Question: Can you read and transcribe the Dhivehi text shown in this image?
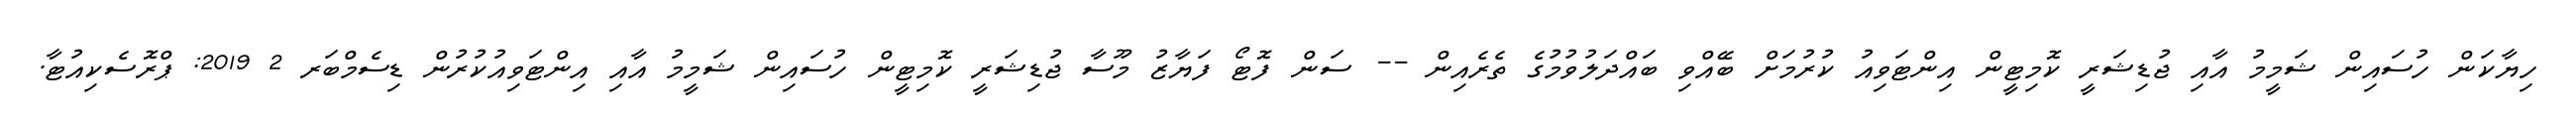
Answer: ހިޔާކަން ހުސައިން ޝަމީމު އާއި ޖުޑިޝަރީ ކޮމިޓީން އިންޓަވިއު ކުރުމަށް ބޭއްވި ބައްދަލުވުމުގެ ތެރެއިން -- ސަން ފޮޓޯ ފަޔާޒު މޫސާ ޖުޑިޝަރީ ކޮމިޓީން ހުސައިން ޝަމީމު އާއި އިންޓަވިއުކުރުން ޑިސެމްބަރ 2 2019: ޕްރޮސެކިއުޓާ.